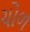
ચોળ